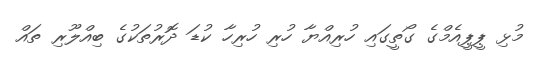
މުޅި ޕީޕީއެމްގެ ގޯތީގައި ހުރިއްޔާ ހުރި ހުރިހާ ކުޑަ ދޮރުތަކުގެ ބިއްލޫރި ތައް